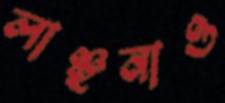
লাঞ্ছনাও